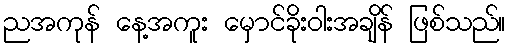
ညအကုန် နေ့အကူး မှောင်ခိုးဝါးအချိန် ဖြစ်သည်။